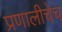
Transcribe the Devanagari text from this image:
प्रणालीचेच